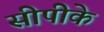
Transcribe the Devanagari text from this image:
सीपीके